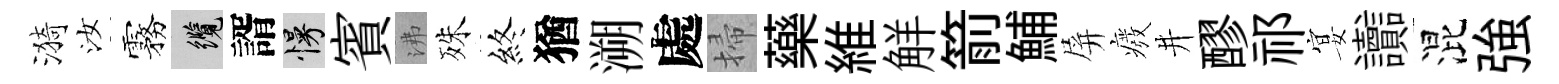
漪汝霧纜諝慢賓沸殊終猶溯處掃藥維觧箭鯆屏癈井醪祁宴讟混強